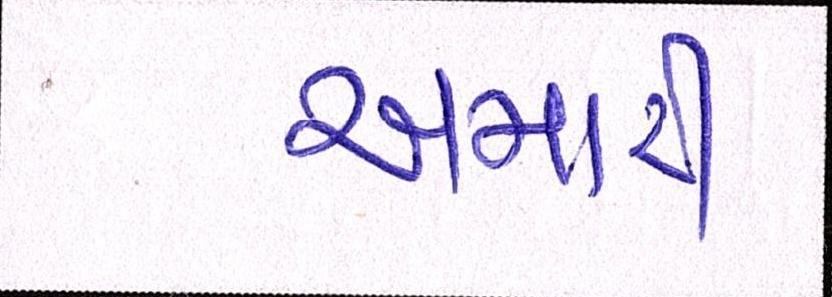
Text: અમારી